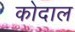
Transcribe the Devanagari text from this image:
कोदाल